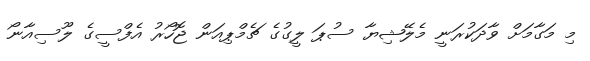
މި މަގާމަށް ވާދަކުރަނީ މެލޭޝިޔާ ސުޕަ ލީގުގެ ޗެމްޕިއަން ޖޮހޯރު އެފްސީގެ ލޫސިއާނޯ